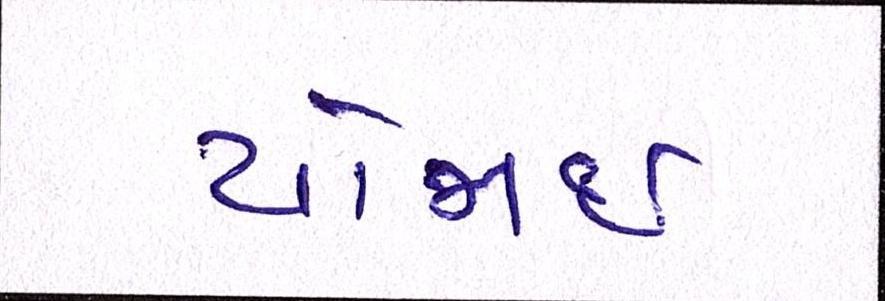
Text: યોજાઈ